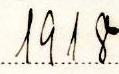
1918